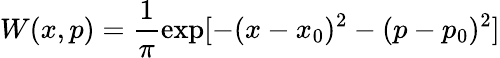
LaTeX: W(x,p)=\frac{1}{\pi}\exp[-(x-x_{0})^{2}-(p-p_{0})^{2}]